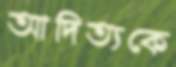
আদিত্যকে